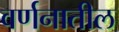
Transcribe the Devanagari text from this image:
वर्णनातील